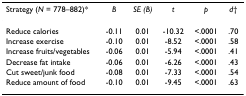
<table><thead><tr><td><b>Strategy (<i>N </i>= 778–882)*</b></td><td><b><i>B</i></b></td><td><b><i>SE (B)</i></b></td><td><b><i>t</i></b></td><td><b><i>p</i></b></td><td><b><i>d</i>†</b></td></tr></thead><tbody><tr><td>Reduce calories</td><td>-0.11</td><td>0.01</td><td>-10.32</td><td>&lt;.0001</td><td>.70</td></tr><tr><td>Increase exercise</td><td>-0.10</td><td>0.01</td><td>-8.52</td><td>&lt;.0001</td><td>.58</td></tr><tr><td>Increase fruits/vegetables</td><td>-0.06</td><td>0.01</td><td>-5.94</td><td>&lt;.0001</td><td>.41</td></tr><tr><td>Decrease fat intake</td><td>-0.06</td><td>0.01</td><td>-6.26</td><td>&lt;.0001</td><td>.43</td></tr><tr><td>Cut sweet/junk food</td><td>-0.08</td><td>0.01</td><td>-7.33</td><td>&lt;.0001</td><td>.54</td></tr><tr><td>Reduce amount of food</td><td>-0.10</td><td>0.01</td><td>-9.45</td><td>&lt;.0001</td><td>.63</td></tr></tbody></table>